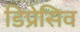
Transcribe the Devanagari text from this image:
डिप्रेसिव